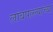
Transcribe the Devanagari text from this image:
लांबपल्ल्याच्या